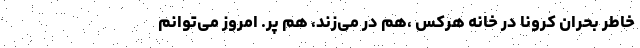
خاطر بحران کرونا در خانه هرکس ،هم در می‌زند، هم پر. امروز می‌توانم